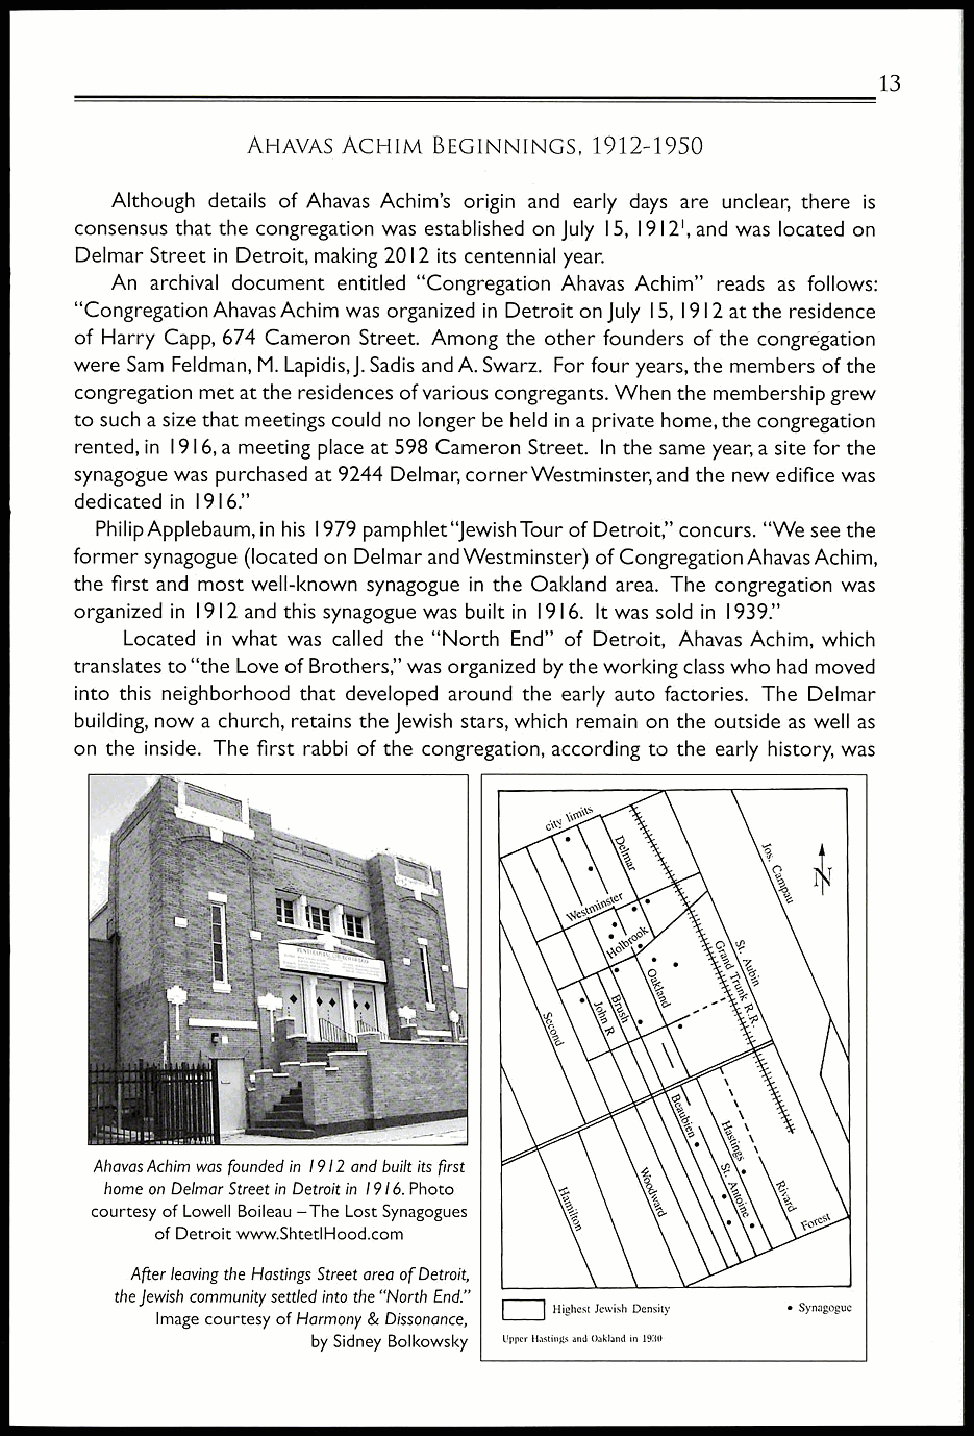
13
 AHAVAS ACHIM BEGINNINGS, 1912-1950
 Although details of Ahavas Achim's origin and early days are unclear, there is
 consensus that the congregation was established on July 15, 1912 1, and was located on
 Delmar Street in Detroit, making 2012 its centennial year.
 An archival document entitled "Congregation Ahavas Achim" reads as follows:
 "Congregation Ahavas Achim was organized in Detroit on July 15, 1912 at the residence
 of Harry Capp, 674 Cameron Street. Among the other founders of the congregation
 were Sam Feldman, M. Lapidis, J. Sadis and A. Swarz. For four years, the members of the
 congregation met at the residences of various congregants. When the membership grew
 to such a size that meetings could no longer be held in a private home, the congregation
 rented, in 1916, a meeting place at 598 Cameron Street. In the same year, a site for the
 synagogue was purchased at 9244 Delmar, corner Westminster, and the new edifice was
 dedicated in 1916."
 Philip Applebaum, in his 1979 pamphlet"Jewish Tour of Detroit," concurs. "We see the
 former synagogue (located on Delmar and Westminster) of Congregation Ahavas Achim,
 the first and most well-known synagogue in the Oakland area. The congregation was
 organized in 1912 and this synagogue was built in 1916. It was sold in 1939."
 Located in what was called the "North End" of Detroit, Ahavas Achim, which
 translates to "the Love of Brothers," was organized by the working class who had moved
 into this neighborhood that developed around the early auto factories. The Delmar
 building, now a church, retains the Jewish stars, which remain on the outside as well as
 on the inside. The first rabbi of the congregation, according to the early history, was
 Ahavas Achim was founded in 1912 and built its first
 home on Delmar Street in Detroit in 1916. Photo
 courtesy of Lowell Boileau —The Lost Synagogues
 of Detroit www.ShtetlHood.com
 After leaving the Hastings Street area of Detroit,
 the Jewish community settled into the "North End."
 Image courtesy of Harmony & Dissonance,
 1-lighest Jewish Density • Synagogue
 by Sidney Bolkowsky Upper Hastings and Oakland in 1931)